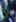
لن